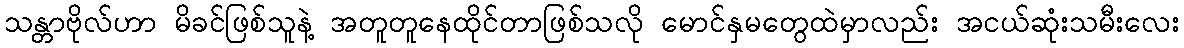
သန္တာဗိုလ်ဟာ မိခင်ဖြစ်သူနဲ့ အတူတူနေထိုင်တာဖြစ်သလို မောင်နှမတွေထဲမှာလည်း အငယ်ဆုံးသမီးလေး